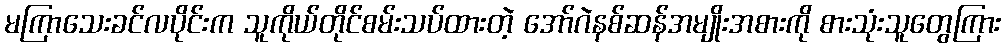
မကြာသေးခင်လပိုင်းက သူကိုယ်တိုင်စမ်းသပ်ထားတဲ့ အော်ဂဲနစ်ဆန်အမျိုးအစားကို စားသုံးသူတွေကြား